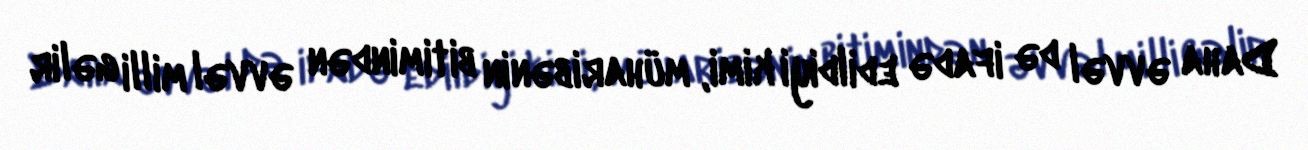
Daha əvvəl də ifadə edildiyi kimi, müharibənin bitimindən əvvəl milli gəlir